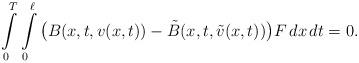
LaTeX: \begin{align*}\int\limits_0^T\int\limits_0^{\ell}\big(B(x,t,v(x,t))-\tilde B(x,t,\tilde v(x,t))\big)F\,dx\,dt = 0.\end{align*}